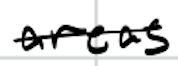
Text: areas
Cross-out: mix
Writing tool: digital_black